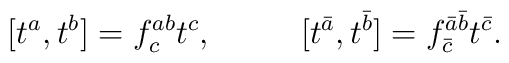
[t^a,t^b]=f^{ab}_ct^c,~~~~~~~~[t^{\bar a},t^{\bar b}]=f^{\bar a\bar b}_{\bar c}t^{\bar c}.